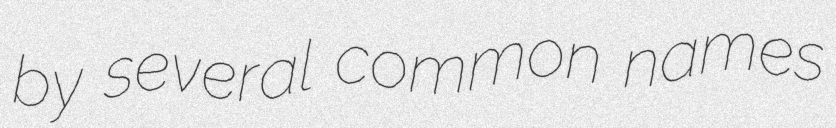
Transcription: by several common names